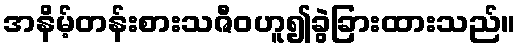
အနိမ့်တန်းစားသဇီဝဟူ၍ခွဲခြားထားသည်။